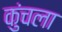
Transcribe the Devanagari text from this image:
कुंचला